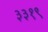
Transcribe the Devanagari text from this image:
३३१९